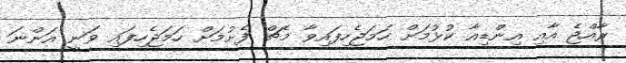
ރާއްޖެ އާއި އިންޑިއާ ކުޅުމަށް ހަމަޖެހިފައިވާ މެޗް ފެށުމަށް ހަމަޖެހިފައި ވަނީ އަންނަ